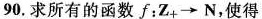
90. 求所有的函数f：Z_{+} \to N，使得